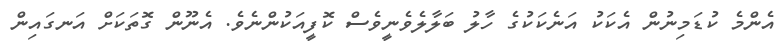
އެންމެ ކުޑަމިނުން އެކަކު އަނެކަކުގެ ހާލު ބަލާލެވެނީވެސް ކޮފީއަކުންނެވެ. އެނޫން ގޮތަކަށް އަނގައިން